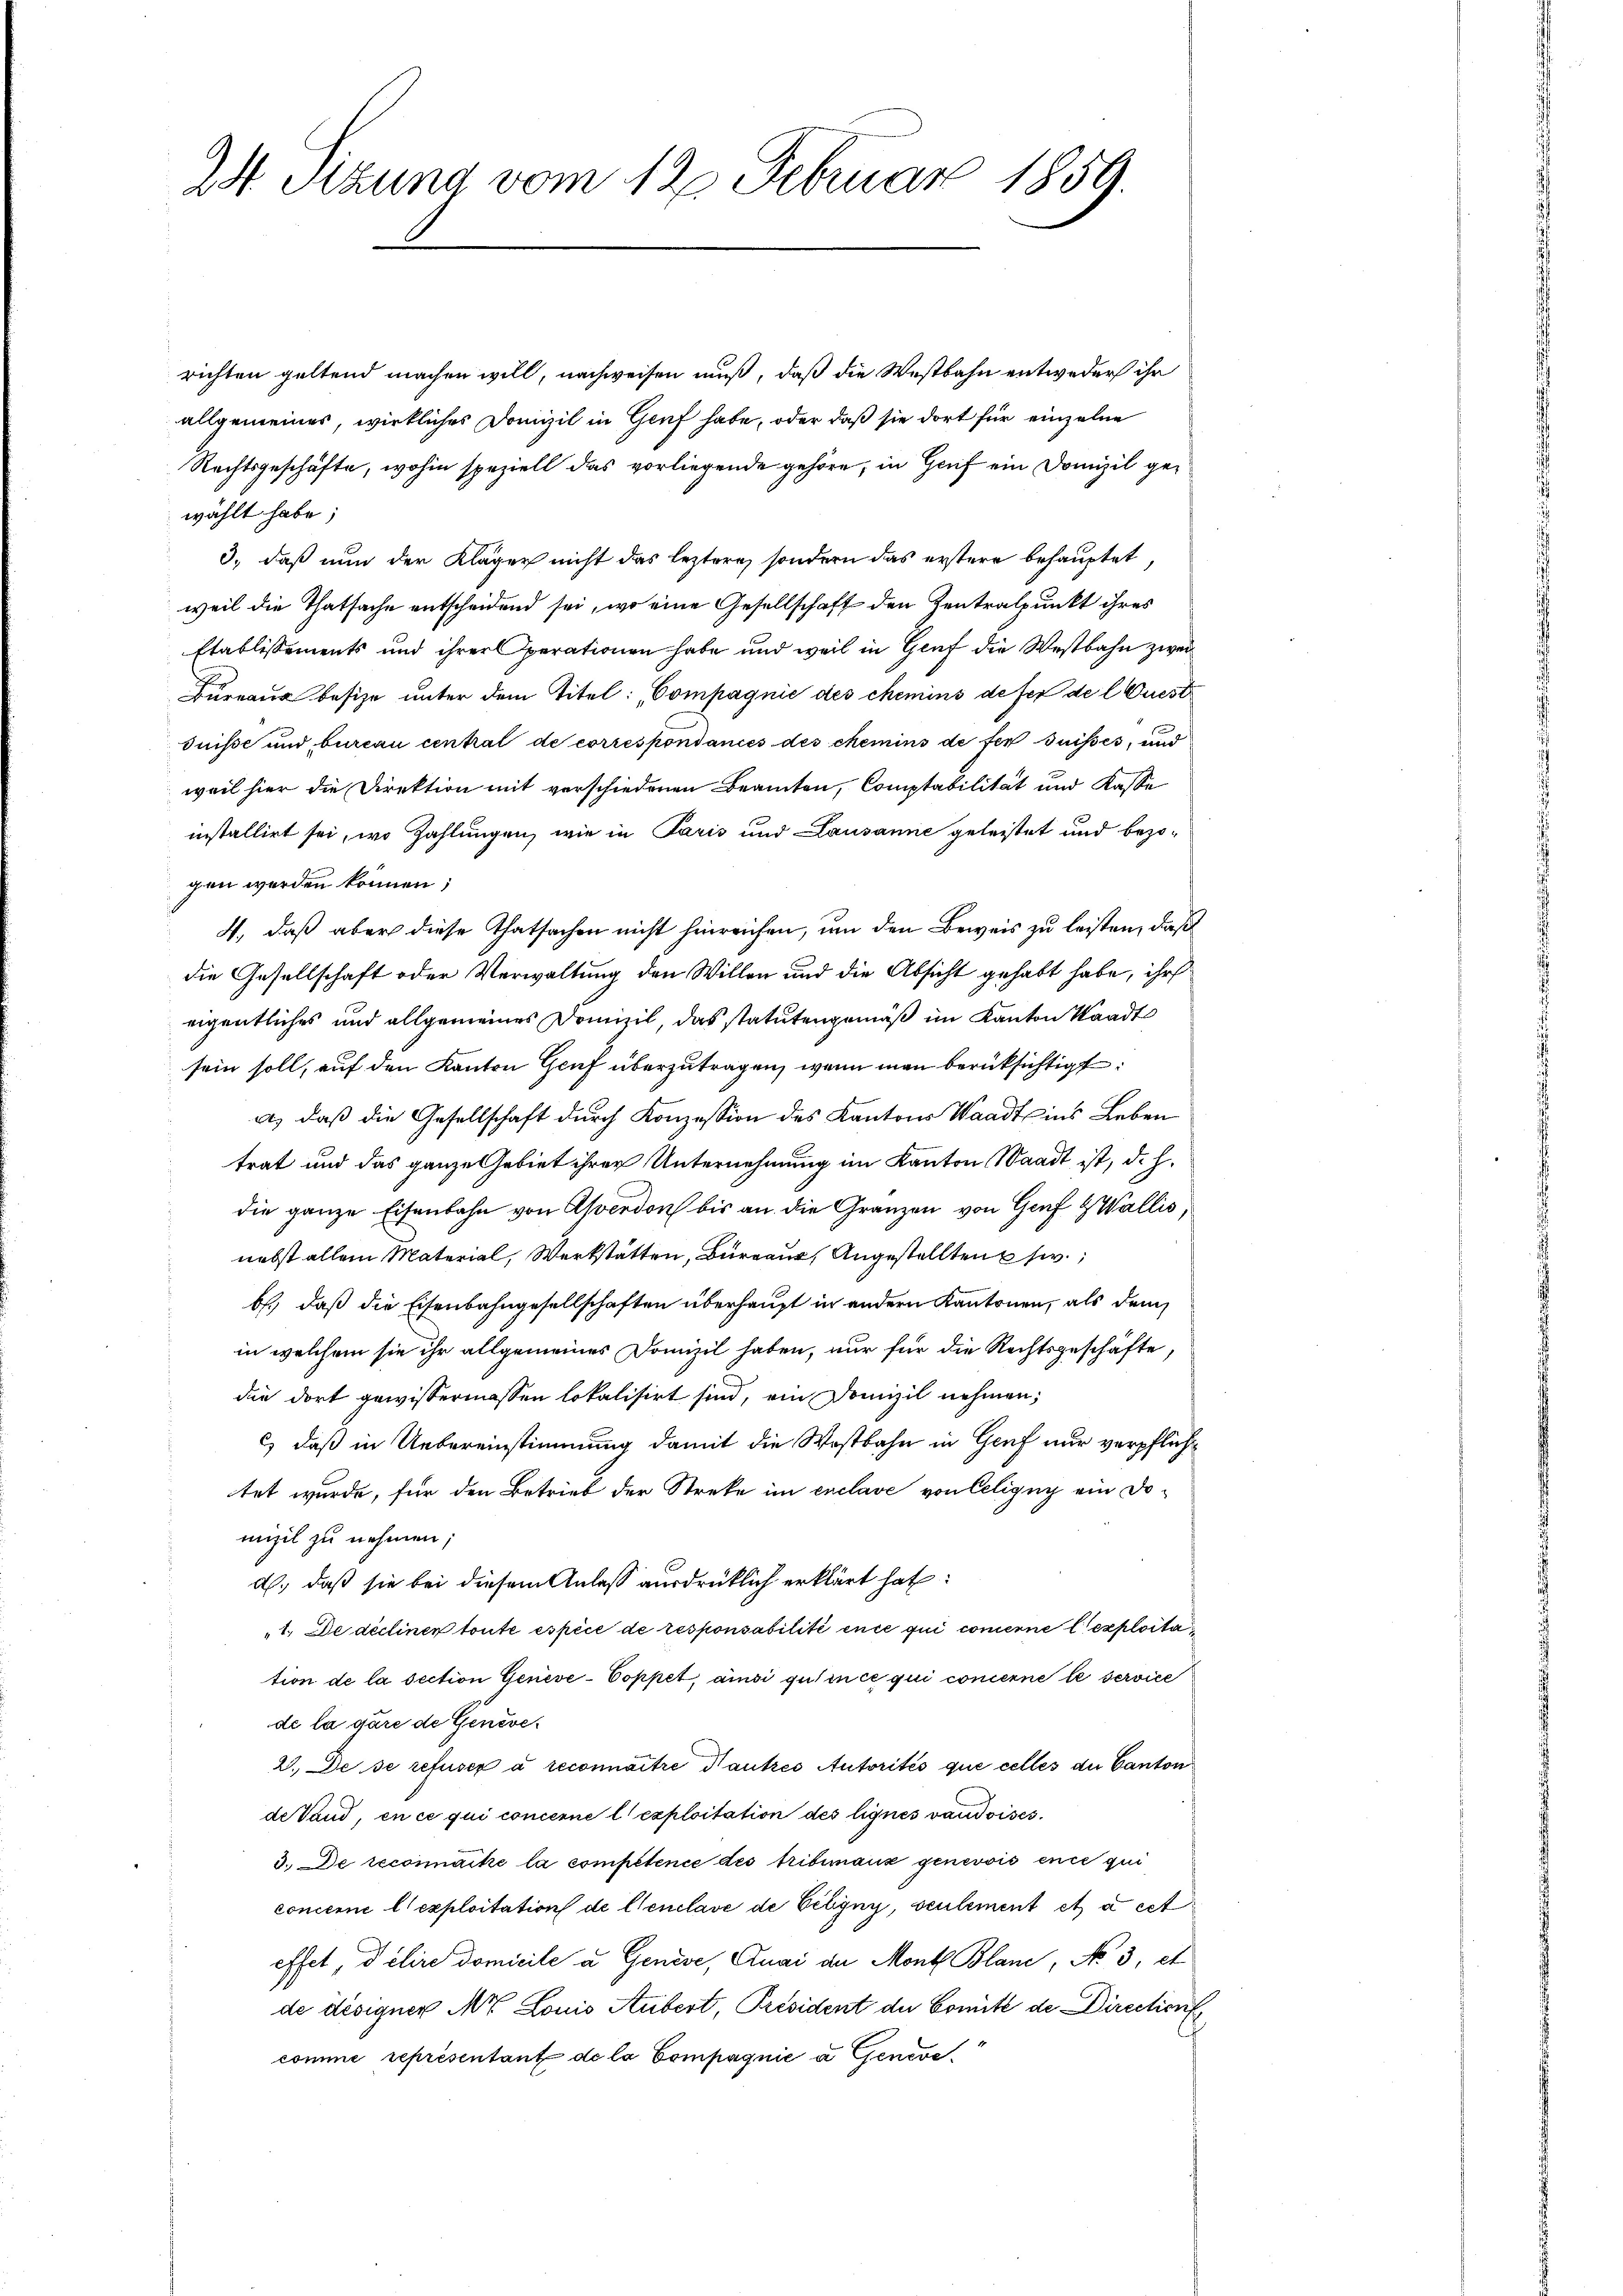
24 Sitzung vom 12. Februar 1859.

richten geltend machen will, nachweisen muß, daß die Westbahn entweder ihr
allgemeines, wirkliches Domizil in Genf habe, oder daß sie dort für einzelne
Rechtsgeschäfte, wohin speziell das vorliegende gehöre, in Genf ein Domizil gewählt habe;
3., daß nun der Kläger nicht das leztere, sondern das erstere behauptet,
weil die Thatsache entscheidend sei, wo eine Gesellschaft den Zentralpunkt ihres
Etablissements und ihrer perationen habe und weil in Genf die Westbahn zwei
Bureaus besize unter dem Titel: „Compagnie des chemins defer de l Quest
Suisse und bureau centrat de correspondances des chemins de ser Suisses, und
weil hier die Direktion mit verschiedenen Beamten, Comptabilität und Kasse
installirt sei, wo Zahlungen, wie in Paris und Lausanne geleistet und bezogen werden können;
4., daß aber diese Thatsachen nicht hinreichen, um den Beweis zu leisten, daß
die Gesellschaft oder Verwaltung den Willen und die Absicht gehabt habe, ihr
eigentliches und allgemeines Domizil, das statutengemäß im Kanton Waadt
sein soll, auf den Kanton Genf überzutragen, wenn man berücksichtigt:
a.) daß die Gesellschaft durch Konzession des Kantons Waadt ins Leben
trat und das ganze Gebiet ihrer Unternehmung im Kanton Waadt ist, d. h.
die ganze Eisenbahn von Averdon bis an die Gränzen von Genf & Wallis,
nebst allein Material, Werkstätten, Burgau, Angestellten w
b.) daß die Eisenbahngesellschaften überhaupt in andern Kantonen, als dem
in welchem sie ihr allgemeines Domizil haben, nur für die Rechtsgeschäfte
die dort gewissermassen lokalisirt sind, ein Domizil nehmen;
c) daß in Uebereinstimmung damit die Wostbahn in Genf nur verpflichtet wurde, für den Betrieb der Streke im enclave von Celigny ein Domizil zu nehmen;
d.) daß sie bei diesem Anlaß ausdrücklich erklärt hat:
„1. De déclinen toute espèce de responsabilité en ce qui concerne lexploita
tion de la section Geneve-Coppet, ainsi quin ce qui concerne le service
de la gare de Geneve¬
2. De se refuser à reconnaître Hautres Autorités que celles du Canton
de Vand, en ce qui concerne l’exploitation des lignes vaudoises.
3. De recomacke la compétence des tribimanz genevois ence qui
concerne l’exploitation de Cenclavé de Schyny, seulement et à cet
effet, delire domicile a Genève, Quai an Mont Blanc, No 3, et
de désigner Mr. Louis Aubert, Président der Comité de Direction
comme représentant de la Compagnie a. Geneve